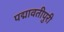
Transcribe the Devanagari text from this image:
पद्मावतीपुरी